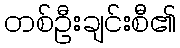
တစ်ဦးချင်းစီ၏